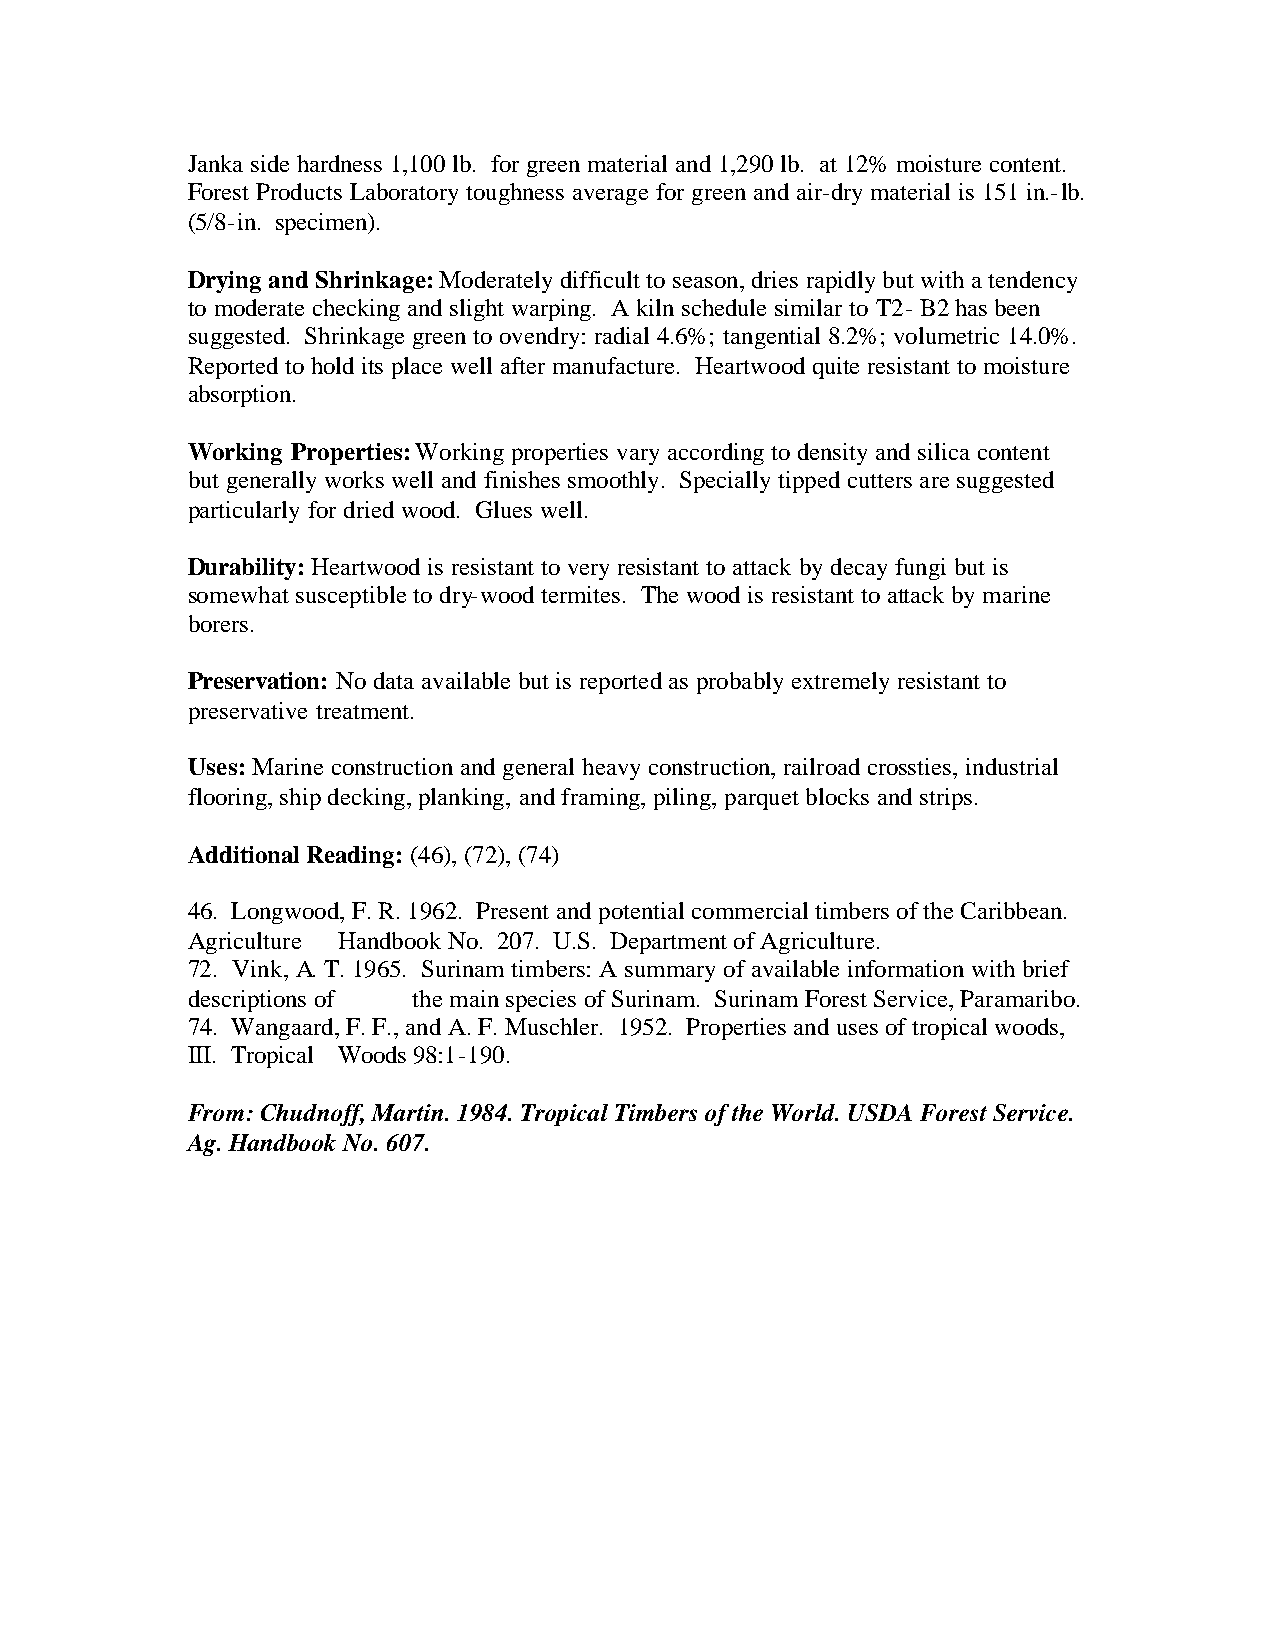
Janka side hardness 1,100 lb. for green material and 1,290 lb. at 12% moisture content.
 Forest Products Laboratory toughness average for green and air-dry material is 151 in.-lb.
 (5/8-in. specimen).
 Drying and Shrinkage: Moderately difficult to season, dries rapidly but with a tendency
 to moderate checking and slight warping. A kiln schedule similar to T2- B2 has been
 suggested. Shrinkage green to ovendry: radial 4.6%; tangential 8.2%; volumetric 14.0%.
 Reported to hold its place well after manufacture. Heartwood quite resistant to moisture
 absorption.
 Working Properties: Working properties vary according to density and silica content
 but generally works well and finishes smoothly. Specially tipped cutters are suggested
 particularly for dried wood. Glues well.
 Durability: Heartwood is resistant to very resistant to attack by decay fungi but is
 somewhat susceptible to dry-wood termites. The wood is resistant to attack by marine
 borers.
 Preservation: No data available but is reported as probably extremely resistant to
 preservative treatment.
 Uses: Marine construction and general heavy construction, railroad crossties, industrial
 flooring, ship decking, planking, and framing, piling, parquet blocks and strips.
 Additional Reading: (46), (72), (74)
 46. Longwood, F. R. 1962. Present and potential commercial timbers of the Caribbean.
 Agriculture Handbook No. 207. U.S. Department of Agriculture.
 72. Vink, A. T. 1965. Surinam timbers: A summary of available information with brief
 descriptions of the main species of Surinam. Surinam Forest Service, Paramaribo.
 74. Wangaard, F. F., and A. F. Muschler. 1952. Properties and uses of tropical woods,
 III. Tropical Woods 98:1-190.
 From: Chudnoff, Martin. 1984. Tropical Timbers of the World. USDA Forest Service.
 Ag. Handbook No. 607.